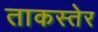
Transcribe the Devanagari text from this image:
ताकस्तेर